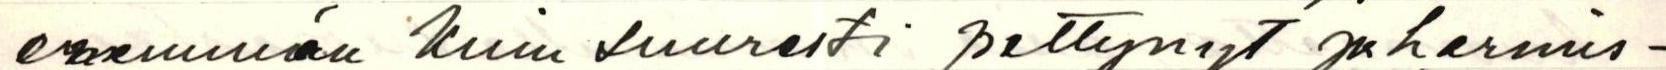
enemmän Kuin suuresti pettynyt ja harmis-